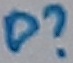
Text: D?